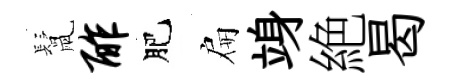
鬛酢肥扁竧絶曷